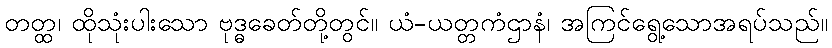
တတ္ထ၊ ထိုသုံးပါးသော ဗုဒ္ဓခေတ်တို့တွင်။ ယံ-ယတ္တကံဌာနံ၊ အကြင်ရွေ့သောအရပ်သည်။